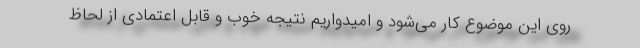
روی این موضوع کار می‌شود و امیدواریم نتیجه خوب و قابل اعتمادی از لحاظ